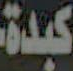
كبدة